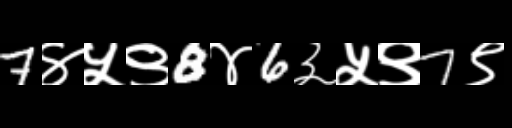
Text: 7४५९8४6३५९7९